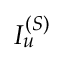
I _ { u } ^ { ( S ) }